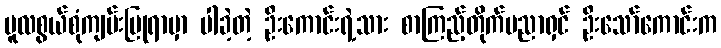
မူလစွယ်စုံကျမ်းပြုရာမှာ ပါခဲ့တဲ့ ဦးကောင်းရဲ့သား စာကြည့်တိုက်ပညာရှင် ဦးသော်ကောင်းက